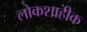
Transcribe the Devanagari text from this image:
लोकशाहीक